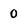
Character: o